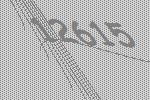
12615